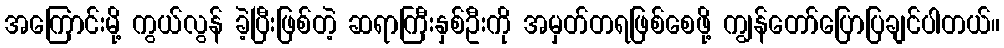
အကြောင်းမို့ ကွယ်လွန် ခဲ့ပြီးဖြစ်တဲ့ ဆရာကြီးနှစ်ဦးကို အမှတ်တရဖြစ်စေဖို့ ကျွန်တော်ပြောပြချင်ပါတယ်။